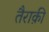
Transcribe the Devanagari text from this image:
तैराक़ी